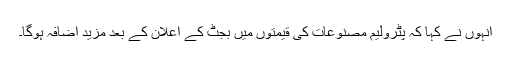
انہوں نے کہا کہ پٹرولیم مصنوعات کی قیمتوں میں بجٹ کے اعلان کے بعد مزید اضافہ ہوگا۔